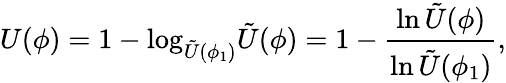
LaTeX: U(\phi)=1-\mathrm{log}_{\tilde{U}(\phi_{1})}\tilde{U}(\phi)=1-\frac{\mathrm{ln}\, \tilde{U}(\phi)}{\mathrm{ln}\, \tilde{U}(\phi_{1})},